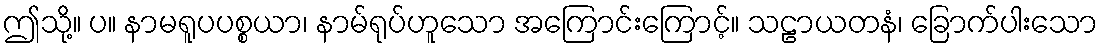
ဤသို့။ ပ။ နာမရူပပစ္စယာ၊ နာမ်ရုပ်ဟူသော အကြောင်းကြောင့်။ သဠာယတနံ၊ ခြောက်ပါးသော